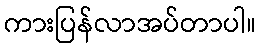
ကားပြန်လာအပ်တာပါ။